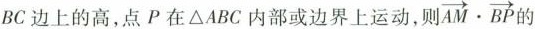
BC边上的高，点P在△ABC内部或边界上运动，则 $$ \overrightarrow { A M } \cdot \overrightarrow { B P }$$ 的